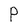
Character: P